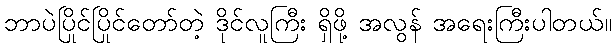
ဘာပဲပြိုင်ပြိုင်တော်တဲ့ ဒိုင်လူကြီး ရှိဖို့ အလွန် အရေးကြီးပါတယ်။